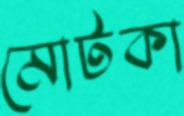
মোটকা